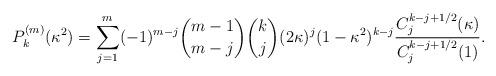
LaTeX: \begin{align*}P_k^{(m)}(\kappa^2) = \sum_{j=1}^{m} (-1)^{m-j}\binom{m-1}{m-j} \binom{k}{j}(2\kappa)^j(1-\kappa^2)^{k-j}\frac{C_j^{k-j+1/2}(\kappa)}{C_j^{k-j+1/2}(1)}.\end{align*}